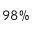
9 8 \%